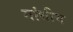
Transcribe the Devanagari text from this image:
गांधीय